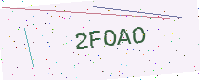
Text: 2FOAO